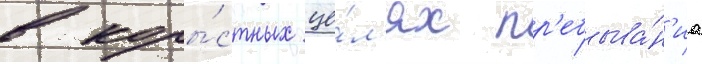
в коры́стных це́л'ях пр'ебыва́н'иа